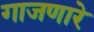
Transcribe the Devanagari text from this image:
गाजणारे